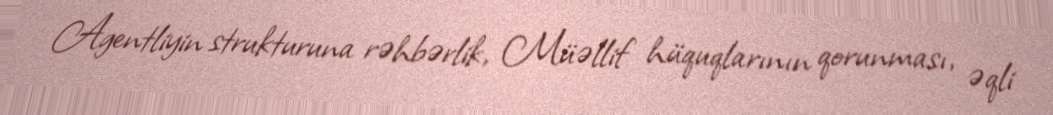
Agentliyin strukturuna rəhbərlik, Müəllif hüquqlarının qorunması, əqli